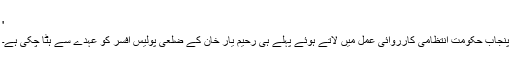
'
پنجاب حکومت انتظامی کارروائی عمل میں لاتے ہوئے پہلے ہی رحیم یار خان کے ضلعی پولیس افسر کو عہدے سے ہٹا چکی ہے۔